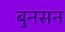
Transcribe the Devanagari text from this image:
बुनसन